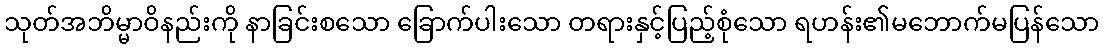
သုတ်အဘိမ္မာဝိနည်းကို နာခြင်းစသော ခြောက်ပါးသော တရားနှင့်ပြည့်စုံသော ရဟန်း၏မဘောက်မပြန်သော